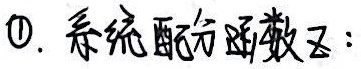
\textcircled{1}. 系统配分函数$Z$：